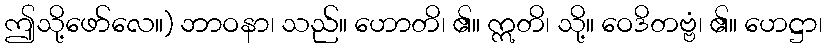
ဤသို့ဖော်လေ။) ဘာဝနာ၊ သည်။ ဟောတိ၊ ၏။ ဣတိ၊ သို့။ ဝေဒိတဗ္ဗံ၊ ၏။ ဟေဋ္ဌာ၊